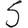
Digit: 5